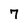
Character: 7